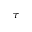
\tau